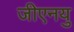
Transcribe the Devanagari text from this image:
जीएनयु